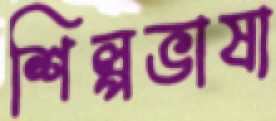
শিল্পভাষা